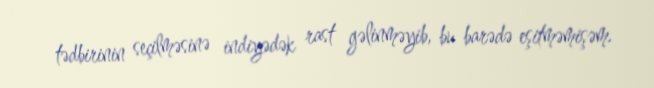
tədbirinin seçilməsinə indiyədək rast gəlinməyib, bu barədə eşitməmişəm.